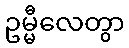
ဥမ္မီလေတွာ